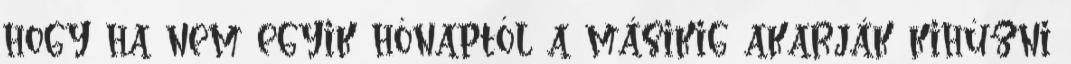
hogy ha nem egyik hónaptól a másikig akarják kihúzni